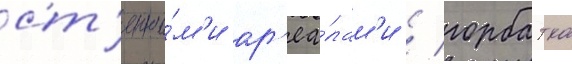
ст'епны́м'и ар'еа́лам'и / горбатка